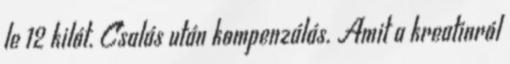
le 12 kilót. Csalás után kompenzálás. Amit a kreatinról